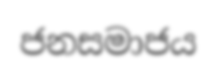
ජනසමාජය